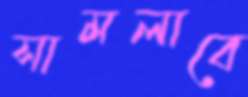
সামলাবে